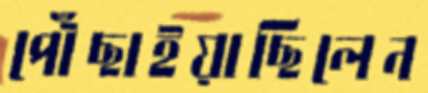
পৌঁছাইয়াছিলেন